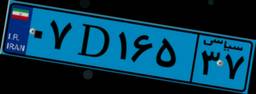
۰۷D۱۶۵۳۷